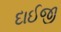
દાઈજી